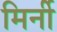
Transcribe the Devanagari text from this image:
मिर्नी